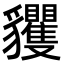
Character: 貜